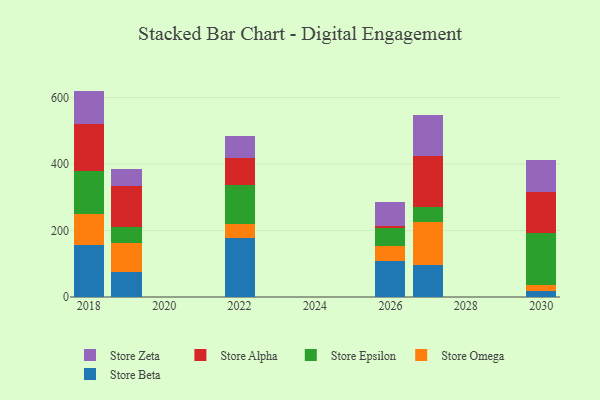
{"axis": {"x": "Year", "y": "Population (Million)"}, "legend": ["Store Alpha", "Store Beta", "Store Epsilon", "Store Omega", "Store Zeta"], "data": [{"x": "2022", "y": 177.5, "type": "Store Beta"}, {"x": "2022", "y": 42.6, "type": "Store Omega"}, {"x": "2022", "y": 117.2, "type": "Store Epsilon"}, {"x": "2022", "y": 81.3, "type": "Store Alpha"}, {"x": "2022", "y": 65.1, "type": "Store Zeta"}, {"x": "2030", "y": 17.2, "type": "Store Beta"}, {"x": "2030", "y": 19.5, "type": "Store Omega"}, {"x": "2030", "y": 155.7, "type": "Store Epsilon"}, {"x": "2030", "y": 124.1, "type": "Store Alpha"}, {"x": "2030", "y": 97.1, "type": "Store Zeta"}, {"x": "2019", "y": 76.0, "type": "Store Beta"}, {"x": "2019", "y": 86.8, "type": "Store Omega"}, {"x": "2019", "y": 48.3, "type": "Store Epsilon"}, {"x": "2019", "y": 124.2, "type": "Store Alpha"}, {"x": "2019", "y": 49.4, "type": "Store Zeta"}, {"x": "2026", "y": 109.7, "type": "Store Beta"}, {"x": "2026", "y": 43.8, "type": "Store Omega"}, {"x": "2026", "y": 54.2, "type": "Store Epsilon"}, {"x": "2026", "y": 6.3, "type": "Store Alpha"}, {"x": "2026", "y": 72.9, "type": "Store Zeta"}, {"x": "2027", "y": 96.6, "type": "Store Beta"}, {"x": "2027", "y": 127.9, "type": "Store Omega"}, {"x": "2027", "y": 45.3, "type": "Store Epsilon"}, {"x": "2027", "y": 153.5, "type": "Store Alpha"}, {"x": "2027", "y": 125.7, "type": "Store Zeta"}, {"x": "2018", "y": 155.8, "type": "Store Beta"}, {"x": "2018", "y": 93.1, "type": "Store Omega"}, {"x": "2018", "y": 130.2, "type": "Store Epsilon"}, {"x": "2018", "y": 140.5, "type": "Store Alpha"}, {"x": "2018", "y": 100.8, "type": "Store Zeta"}]}